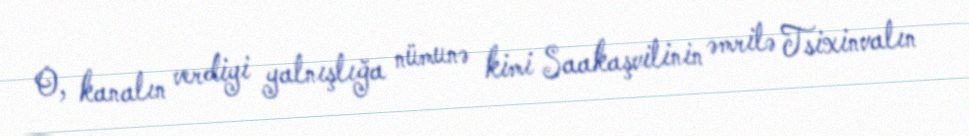
O, kanalın verdiyi yalnışlığa nümunə kimi Saakaşvilinin əmrilə Tsixinvalın